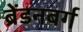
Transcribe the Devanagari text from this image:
ब्रेंडनबर्ग